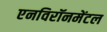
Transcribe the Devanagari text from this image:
एनविरॉनमेंटल